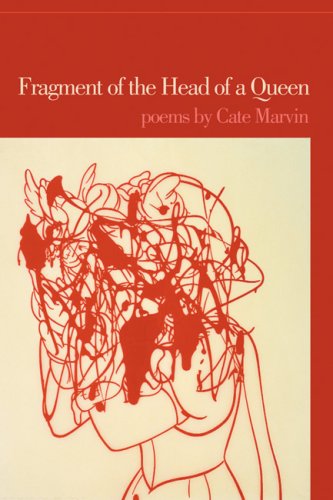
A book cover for Fragment of the Head of a Queen: Poems; Cate Marvin; Humor & Entertainment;